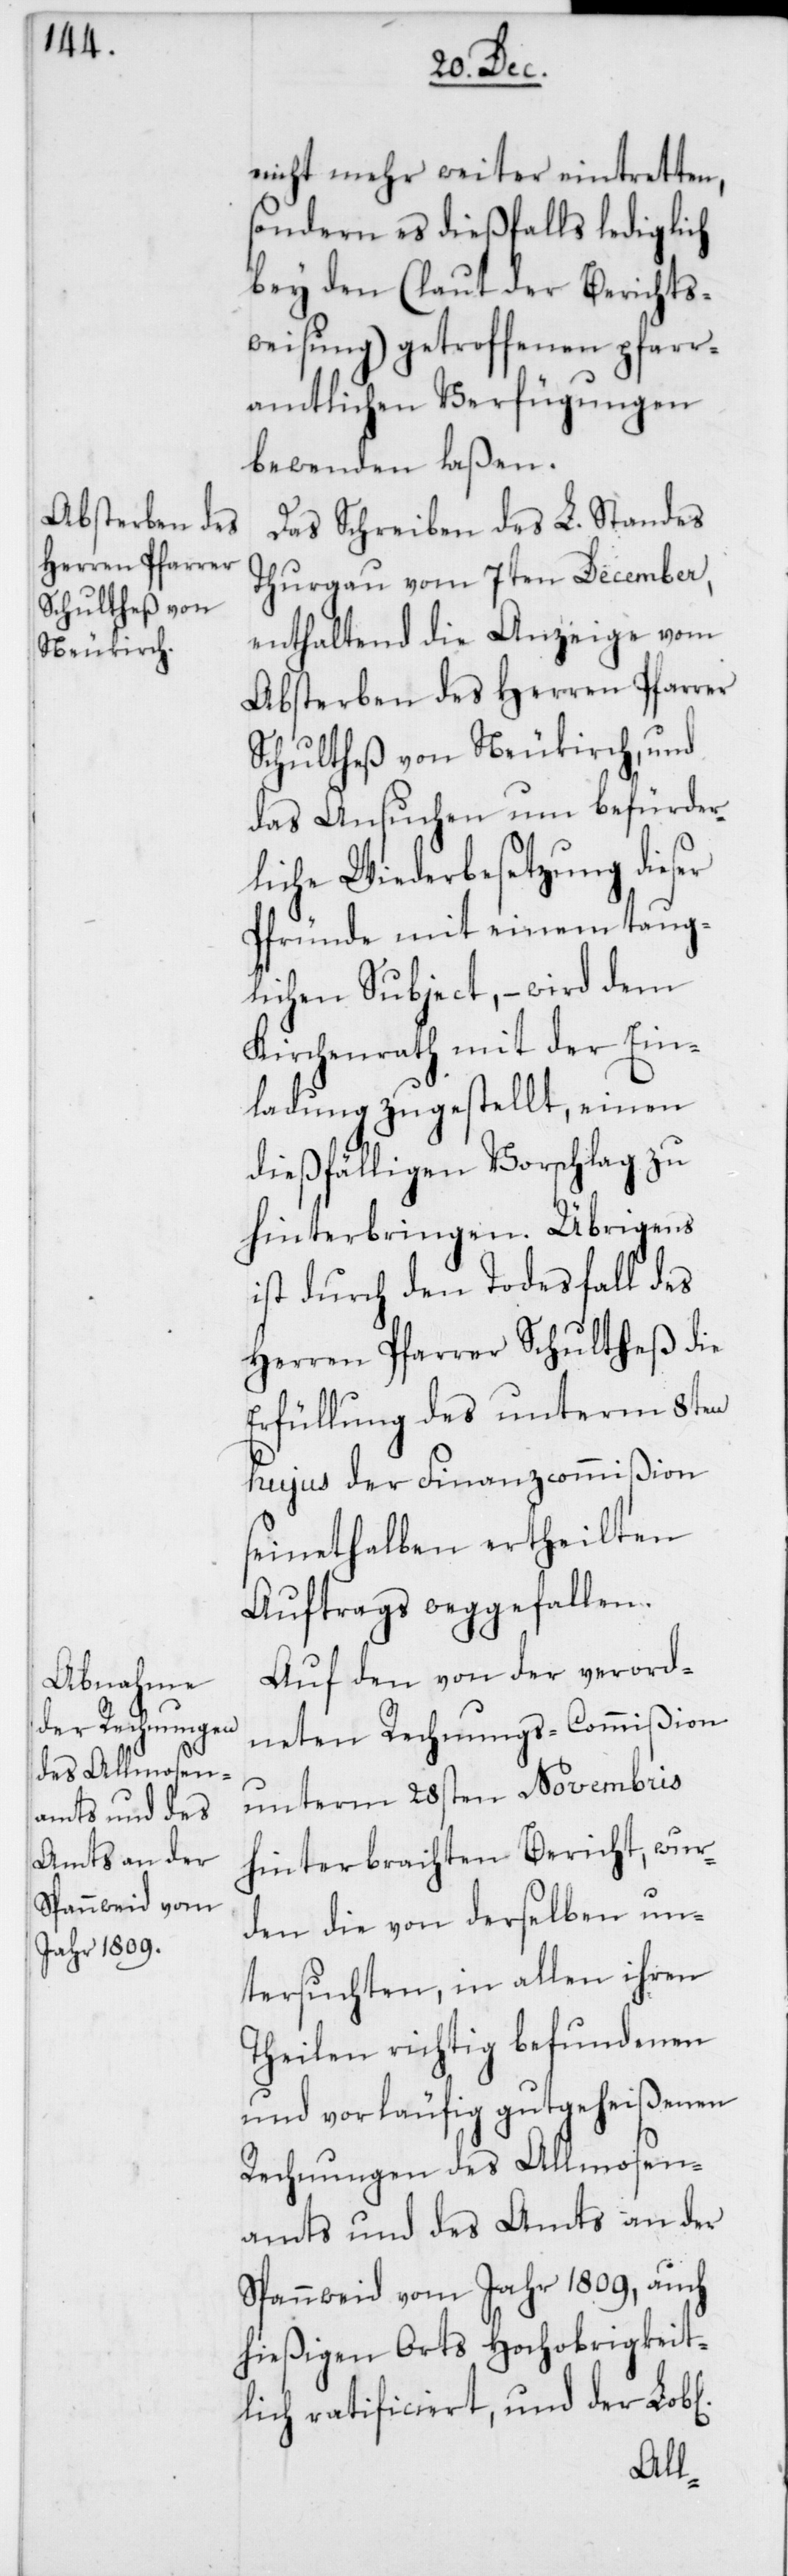
ichen]
nicht mehr weiter eintretten,
sondern es dießfalls lediglich
bey den (laut der Berichts¬
weisung) getroffenen pfarr¬
amtlichen Verfügungen
bewenden laßen.
Das Schreiben des L. Standes
Thurgau vom 7ten December,
enthaltend die Anzeige vom
Absterben des Herren Pfarrer
Schultheß von Neukirch, und
das Ansuchen um befürder¬
liche Wiederbesetzung dieser
Pfründe mit einem taug¬
lichen Subject, – wird dem
Kirchenrath mit der Ein¬
ladung zugestellt, einen
dießfälligen Vorschlag zu
hinterbringen. Übrigens
ist durch den Todesfall des
Herren Pfarrer Schultheß die
Erfüllung des unterm 8ten
hujus der Finanzcommißion
seinethalben ertheilten
Auftrags weggefallen.
Auf den von der verord¬
neten Rechnungs-Commißion
unterm 28sten Novembris
hinterbrachten Bericht, wur¬
den die von derselben un¬
tersuchten, in allen ihren
Theilen richtig befundenen
und vorläufig gutgeheißenen
Rechnungen des Allmosen¬
amts und des Amts an der
Spannweid vom Jahr 1809, auch
hießigen Orts hochobrigkeit¬
lich ratificiert, und der Lob[l¬